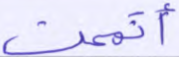
أتممت